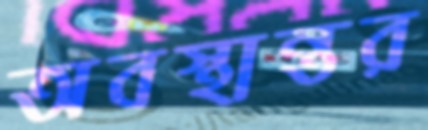
অবস্থান্তর